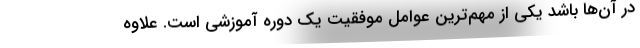
در آن‌ها باشد یکی از مهم‌ترین عوامل موفقیت یک دوره آموزشی است. علاوه